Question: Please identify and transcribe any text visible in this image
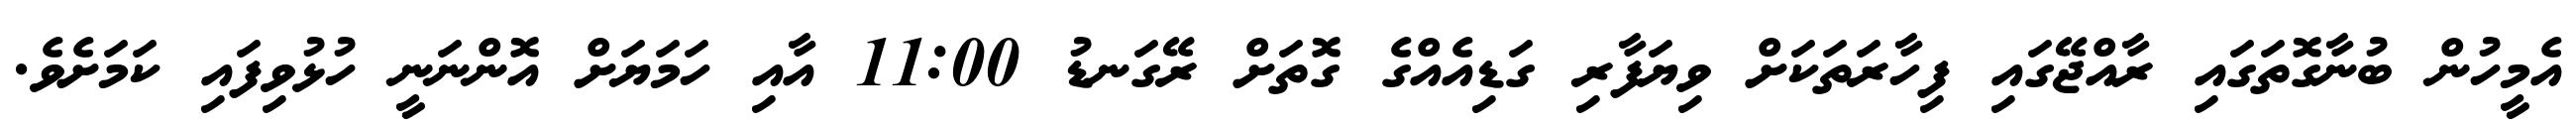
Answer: އެމީހުން ބުނާގޮތަގައި ރާއްޖޭގައި ފިހާރަތަކަށް ވިޔަފާރި ގަޑިއެއްގެ ގޮތަށް ރޭގަނޑު 11:00 އާއި ހަމަޔަށް އޮންނަނީ ހުޅުވިފައި ކަމަށެވެ.